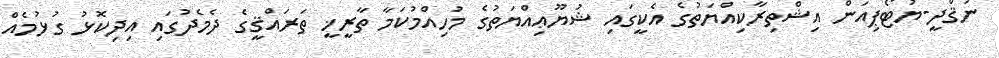
ނަޤްދީ-ޔުޓޯޕިއަން އިޝްތިރާކިއްޔަތުގެ އެކީގައި ޝުޔޫޢިއްޔަތުގެ މުހިއްމުކަމާ ތާރީޚީ ތަރައްޤީގެ ދެމެދުގައި އިދިކޮޅު ގުޅުމެއް